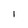
Character: I